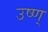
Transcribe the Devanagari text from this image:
उष्ण्